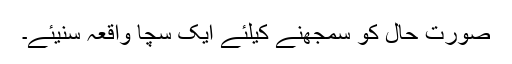
صورت حال کو سمجھنے کیلئے ایک سچا واقعہ سنیئے۔